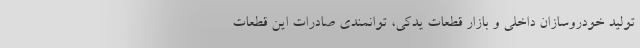
تولید خودروسازان داخلی و بازار قطعات یدکی، توانمندی صادرات این قطعات